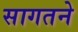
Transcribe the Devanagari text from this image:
सागतने